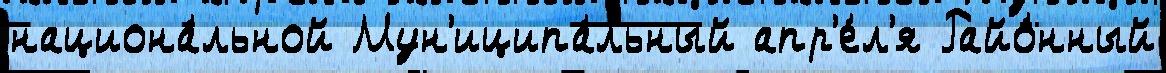
национа́льной Мун'иципа́льный апр'е́л'я Райо́нный